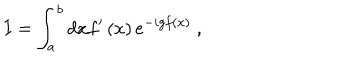
I = \int _ { a } ^ { b } d x f ^ { \prime } \left( x \right) e ^ { - i g f \left( x \right) } \ ,